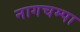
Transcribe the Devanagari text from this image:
नागचम्पा